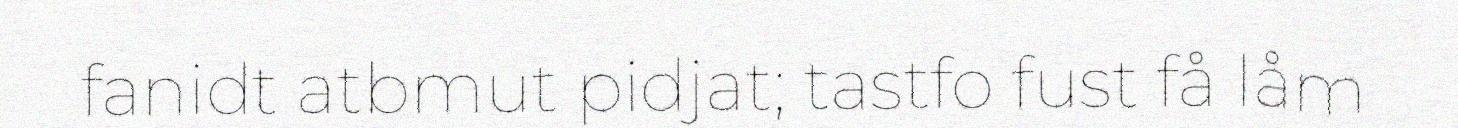
fanidt atbmut pidjat; tastfo fust få låm